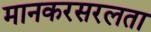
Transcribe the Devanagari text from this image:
मानकरसरलता